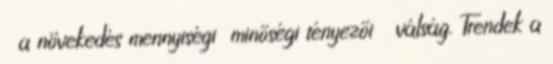
 a növekedés mennyiségi minőségi tényezői  válság. Trendek a